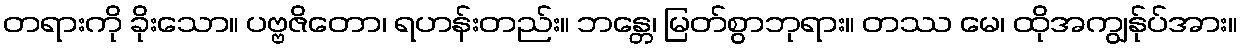
တရားကို ခိုးသော။ ပဗ္ဗဇိတော၊ ရဟန်းတည်း။ ဘန္တေ၊ မြတ်စွာဘုရား။ တဿ မေ၊ ထိုအကျွန်ုပ်အား။